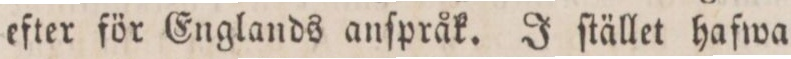
efter för Englands anſpråk. J ſtället hafwa